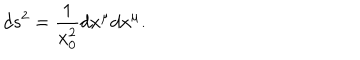
LaTeX: d s ^ { 2 } = { \frac { 1 } { x _ { 0 } ^ { 2 } } } d x ^ { \mu } d x ^ { \mu } .